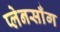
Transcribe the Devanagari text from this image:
प्लेनसाँग